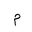
Letter: _mim